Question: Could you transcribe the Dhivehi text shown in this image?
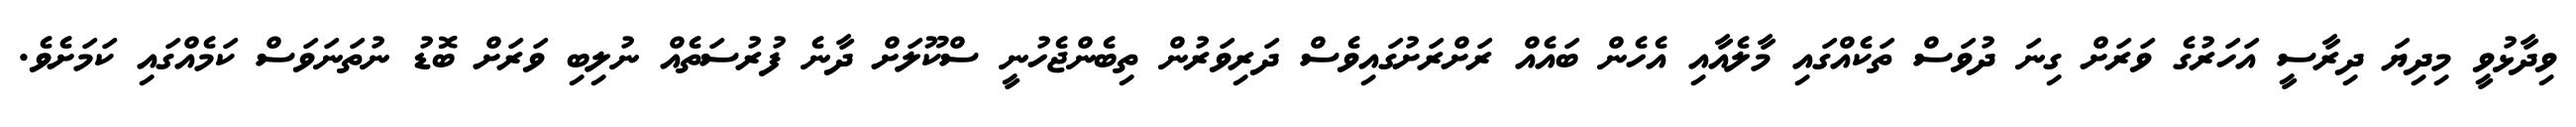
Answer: ވިދާޅުވީ މިދިޔަ ދިރާސީ އަހަރުގެ ވަރަށް ގިނަ ދުވަސް ތަކެއްގައި މާލެއާއި އެހެން ބައެއް ރަށްރަށުގައިވެސް ދަރިވަރުން ތިބެންޖެހުނީ ސްކޫލަށް ދާނެ ފުރުސަތެއް ނުލިބި ވަރަށް ބޮޑު ނުތަނަވަސް ކަމެއްގައި ކަމަށެވެ.